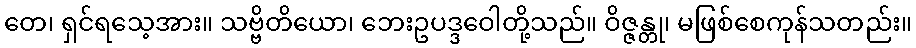
တေ၊ ရှင်ရသေ့အား။ သဗ္ဗိတိယော၊ ဘေးဥပဒ္ဒဝေါတို့သည်။ ဝိဇ္ဇန္တု၊ မဖြစ်စေကုန်သတည်း။